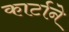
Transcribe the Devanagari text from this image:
कार्टाने